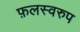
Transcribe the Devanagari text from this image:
फ़लस्वरुप